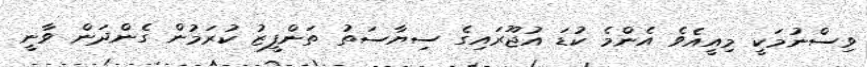
ވިސްނުމަކީ މިއީއެވެ އެންމެ ކުޑަ އުޖޫރައިގެ ސިޔާސަތު ތަންފީޒު ކުރަމުން ގެންދަން ވާނީ